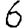
Digit: 6